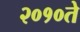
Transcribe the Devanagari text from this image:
२०१०ते